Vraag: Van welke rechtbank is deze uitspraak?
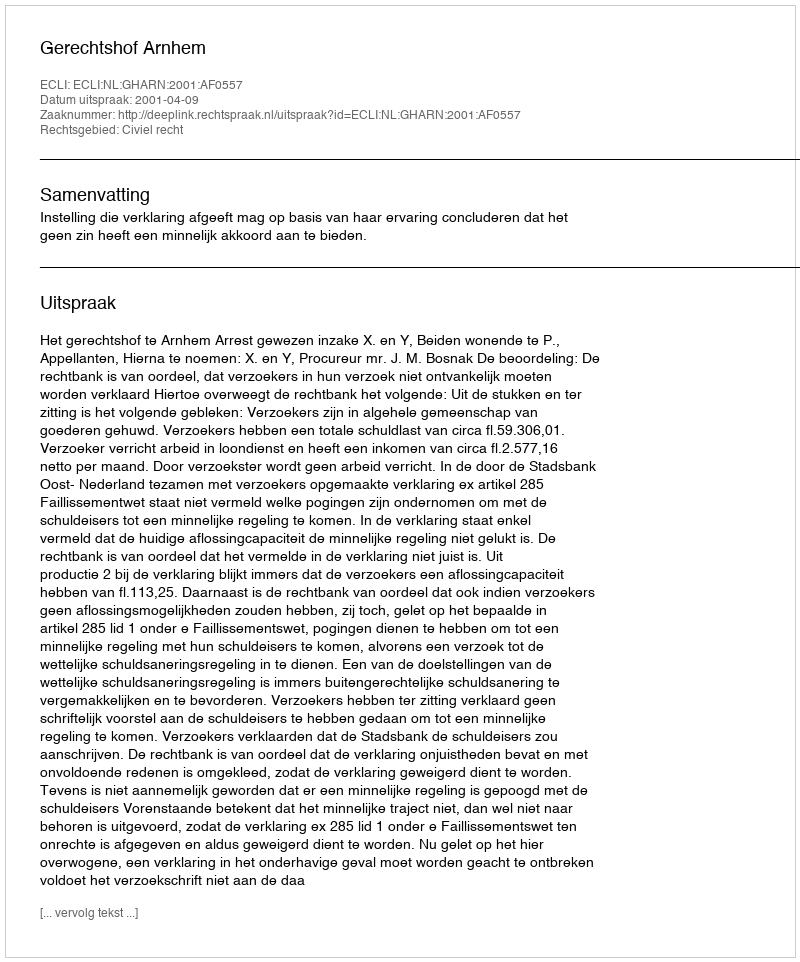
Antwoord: Gerechtshof Arnhem